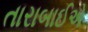
તારાબાઈએ